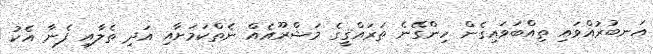
އަނބުރުއްވައި ތިއްބަވައިގެން ހިންގޭނެ ތަރައްޤީގެ މަޝްރޫއެއް ނެތްކަމަށާއި އަދި ތެލާއި ފެނާ އެކު